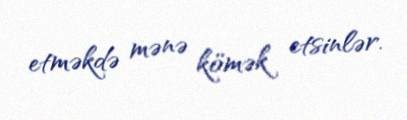
etməkdə mənə kömək etsinlər.